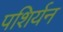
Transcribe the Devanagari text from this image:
पशिर्यन